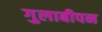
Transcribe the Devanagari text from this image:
गुलाबीपन